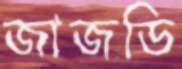
জাজডি